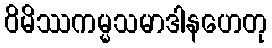
ဝိမိဿကမ္မသမာဒါနဟေတု